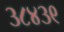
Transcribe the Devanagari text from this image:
३८४३९